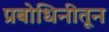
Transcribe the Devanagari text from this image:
प्रबोधिनीतून